Some observations on the morphology and mechanism of the parts in the orthorrapha - Number 58
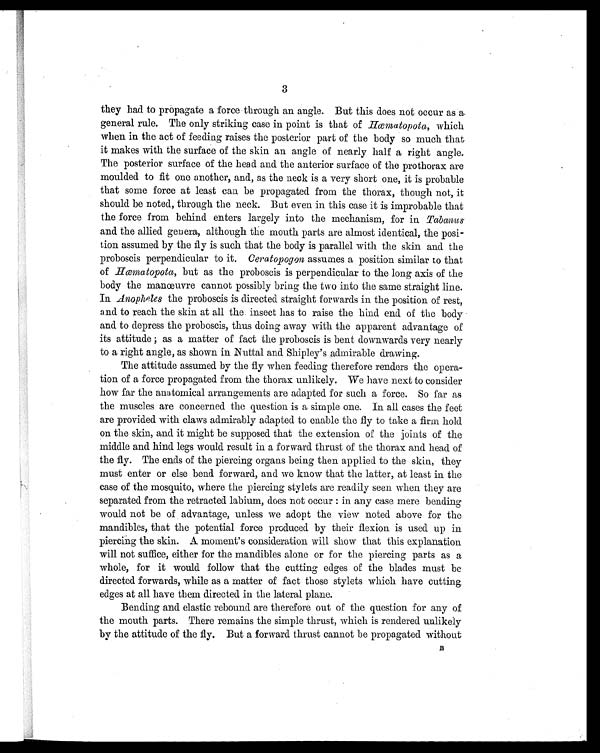
3
they had to propagate a force through an angle. But this does not occur as a.
general rule. The only striking case in point is that of Hœmatopota, which
when in the act of feeding raises the posterior part of the body so much that
it makes with the surface of the skin an angle of nearly half a right angle.
The posterior surface of the head and the anterior surface of the prothorax are
moulded to fit one another, and, as the neck is a very short one, it is probable
that some force at least can be propagated from the thorax, though not, it
should be noted, through the neck. But even in this case it is improbable that
the force from behind enters largely into the mechanism, for in Tabanus
and the allied genera, although the mouth parts are almost identical, the posi-
tion assumed by the fly is such that the body is parallel with the skin and the
proboscis perpendicular to it. Ceratopogon assumes a position similar to that
of Hœmatopota, but as the proboscis is perpendicular to the long axis of the
body the manœuvre cannot possibly bring the two into the same straight line.
In Anopheles the proboscis is directed straight forwards in the position of rest,
and to reach the skin at all the insect has to raise the hind end of the body
and to depress the proboscis, thus doing away with the apparent advantage of
its attitude ; as a matter of fact the proboscis is bent downwards very nearly
to a right angle, as shown in Nuttal and Shipley's admirable drawing.
The attitude assumed by the fly when feeding therefore renders the opera-
tion of a force propagated from the thorax unlikely. We have next to consider
how far the anatomical arrangements are adapted for such a force. So far as
the muscles are concerned the question is a simple one. In all cases the feet
are provided with claws admirably adapted to enable the fly to take a firm hold
on the skin, and it might be supposed that the extension of the joints of the
middle and hind legs would result in a forward thrust of the thorax and head of
the fly. The ends of the piercing organs being then applied to the skin, they
must enter or else bend forward, and we know that the latter, at least in the
case of the mosquito, where the piercing stylets are readily seen when they are
separated from the retracted labium, does not occur : in any case mere bending
would not be of advantage, unless we adopt the view noted above for the
mandibles, that the potential force produced by their flexion is used up in
piercing the skin. A moment's consideration will show that this explanation
will not suffice, either for the mandibles alone or for the piercing parts as a
whole, for it would follow that the cutting edges of the blades must be
directed forwards, while as a matter of fact those stylets which have cutting
edges at all have them directed in the lateral plane.
Bending and elastic rebound are therefore out of the question for any of
the mouth parts. There remains the simple thrust, which is rendered unlikely
by the attitude of the fly. But a forward thrust cannot be propagated without B